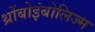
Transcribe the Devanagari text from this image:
थ्रोंबोइंबोलिज्म